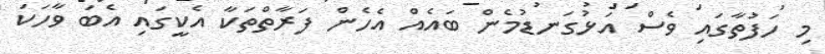
މި ހަފުތާގައި ވެސް އަޅުގަނޑުމެން ބައެއް އެހެން ފަރާތްތަކާ އެކީގައި އެބަ ވާހަކަ